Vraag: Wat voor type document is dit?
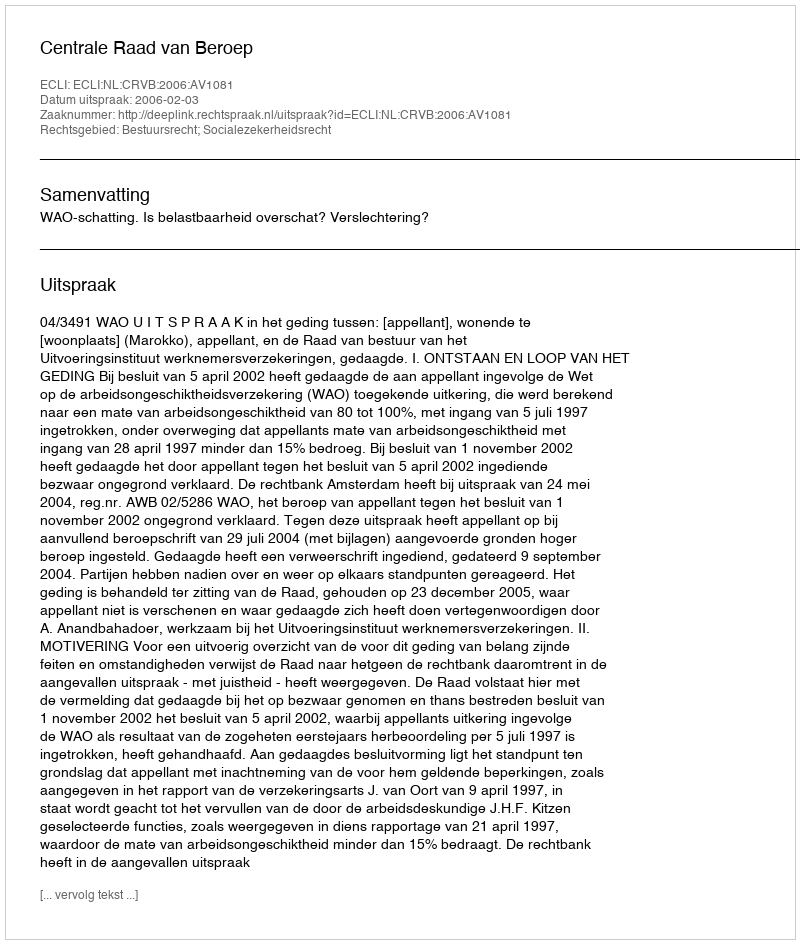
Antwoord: Uitspraak